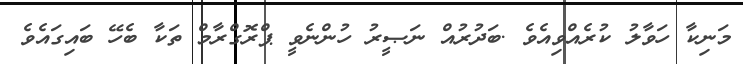
މަނިކާ ހަވާލު ކުރެއްވިއެވެ .ބަދުރުއް ނަޞީރު ހުންނެވީ ޕްރޮގްރާމް ތަކާ ބެހޭ ބައިގައެވެ